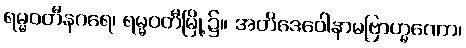
ရမ္မဝတီနဂရေ၊ ရမ္မဝတီမြို့၌။ အတိဒေဝေါနာမဗြာဟ္မဏော၊